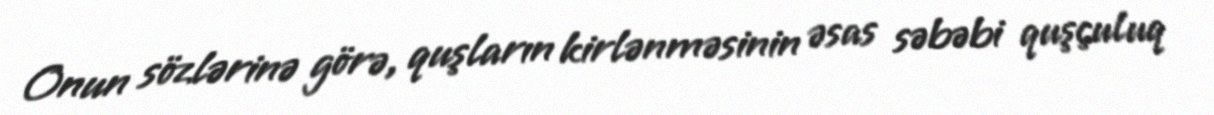
Onun sözlərinə görə, quşların kirlənməsinin əsas səbəbi quşçuluq